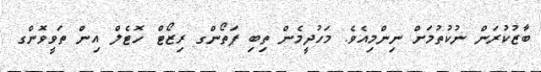
ބާޒުކުރަން ނުކުތުމަށް ނިންމިއެވެ. މަހުދީމެން ތިބި ޕަތޯންގ ރިޒޯޓް ހޮޓެލް އިން ތަވީވޮންގ